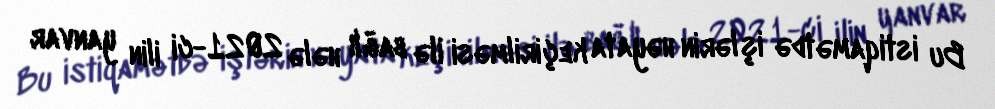
Bu istiqamətdə işlərin həyata keçirilməsi ilə bağlı hələ 2021-ci ilin yanvar